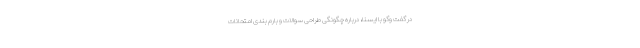
در گفت وگو با ایسنا، درباره چگونگی طراحی سوالات و بارم بندی امتحانات